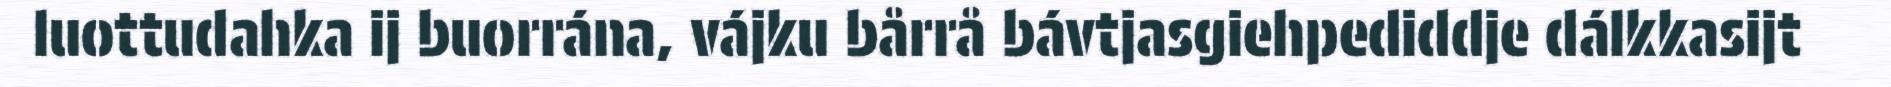
luottudahka ij buorrána, vájku bårrå bávtjasgiehpediddje dálkkasijt